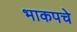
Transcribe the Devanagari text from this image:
भाकपचे